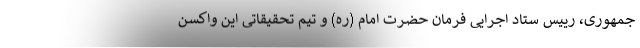
جمهوری، رییس ستاد اجرایی فرمان حضرت امام (ره) و تیم تحقیقاتی این واکسن